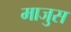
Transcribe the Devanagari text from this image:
माजुस